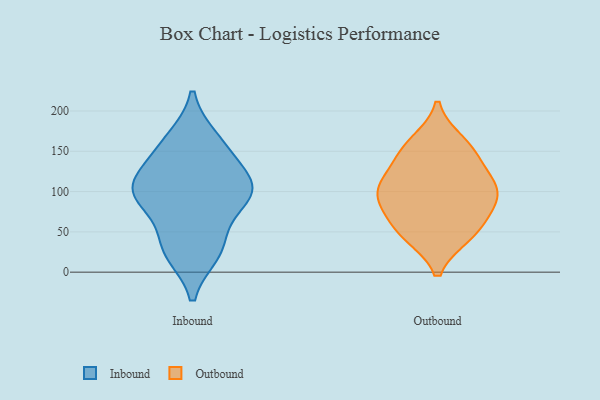
{"axis": {"x": "Conversion Rate (%)", "y": "Value"}, "legend": ["Inbound", "Outbound"], "data": [{"x": "", "y": 96, "type": "Inbound"}, {"x": "", "y": 25, "type": "Inbound"}, {"x": "", "y": 164, "type": "Inbound"}, {"x": "", "y": 99, "type": "Inbound"}, {"x": "", "y": 104, "type": "Inbound"}, {"x": "", "y": 34, "type": "Inbound"}, {"x": "", "y": 158, "type": "Inbound"}, {"x": "", "y": 103, "type": "Inbound"}, {"x": "", "y": 31, "type": "Inbound"}, {"x": "", "y": 140, "type": "Inbound"}, {"x": "", "y": 87, "type": "Inbound"}, {"x": "", "y": 109, "type": "Inbound"}, {"x": "", "y": 161, "type": "Outbound"}, {"x": "", "y": 108, "type": "Outbound"}, {"x": "", "y": 146, "type": "Outbound"}, {"x": "", "y": 54, "type": "Outbound"}, {"x": "", "y": 106, "type": "Outbound"}, {"x": "", "y": 83, "type": "Outbound"}, {"x": "", "y": 48, "type": "Outbound"}, {"x": "", "y": 85, "type": "Outbound"}, {"x": "", "y": 114, "type": "Outbound"}, {"x": "", "y": 150, "type": "Outbound"}, {"x": "", "y": 46, "type": "Outbound"}, {"x": "", "y": 96, "type": "Outbound"}]}